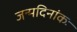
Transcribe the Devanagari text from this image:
जन्मदिनांकः